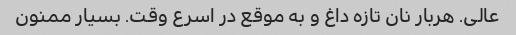
عالی. هربار نان تازه داغ و به موقع در اسرع وقت. بسیار ممنون